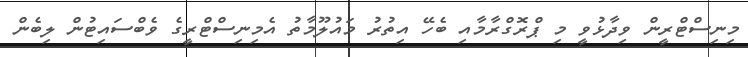
މިނިސްޓްރީން ވިދާޅުވީ މި ޕްރޮގްރާމާއި ބެހޭ އިތުރު މައުލޫމާތު އެމިނިސްޓްރީގެ ވެބްސައިޓުން ލިބެން